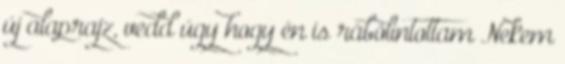
új alaprajz, vedd úgy hogy én is rábólintottam Nekem